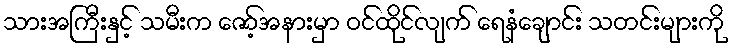
သားအကြီးနှင့် သမီးက ဇော့်အနားမှာ ဝင်ထိုင်လျက် ရေနံချောင်း သတင်းများကို